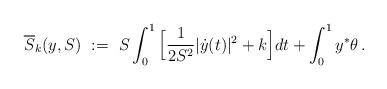
LaTeX: \begin{align*}\overline{S}_k(y,S)\ :=\ S\int_0^1\Big[\frac{1}{2S^2}|\dot y(t)|^2+k\Big]dt+\int_0^1y^*\theta\,.\end{align*}